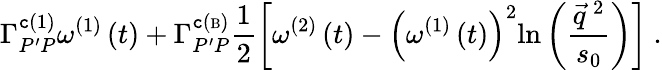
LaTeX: \Gamma_{P^{\prime}P}^{\mathtt{c}\left(1\right)}\omega^{\left(1\right)}\left(t\right)+\Gamma_{P^{\prime}P}^{\mathtt{c}\left({\mathrm{{\scriptsize{B}}}}\right)}\frac{{1}}{{2}}\left[\omega^{\left(2\right)}\left(t\right)-\left(\omega^{\left(1\right)}\left(t\right)\right)^{2}\mathrm{{ln}}\left(\frac{{\vec{{q}}^{~2}}}{{s_{0}}}\right)\right]\mathrm{{\ .}}